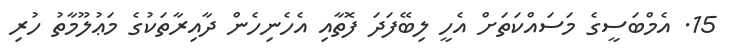
15. އެމްބަސީގެ މަސައްކަތަށް އެހީ ލިބޭފަދަ ފޮތާއި އެހެނިހެން ދާއިރާތަކުގެ މަޢުލޫމާތު ހުރި